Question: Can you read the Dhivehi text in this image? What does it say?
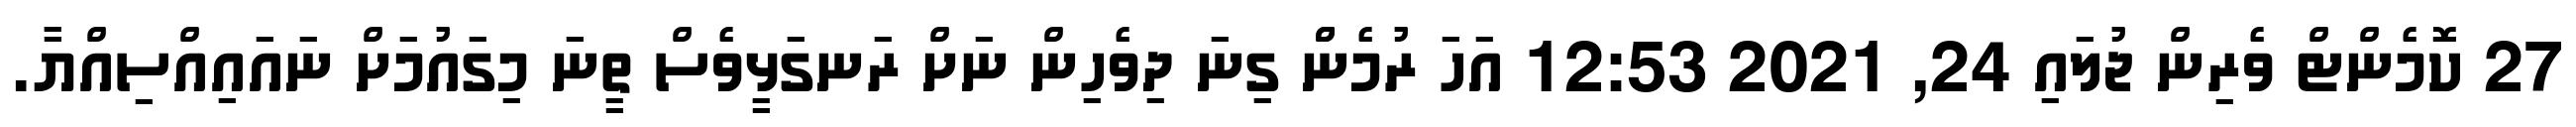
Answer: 27 ކޮމެންޓް ވެރިން ޖުލައި 24, 2021 12:53 އަހަ ރުމެންް ގިނަ ދިވެހިން ނަށް ރަނގަޅީވެސް ތީނަ މިގައުމަށް ނައައިއްސިއްޔާ.